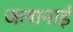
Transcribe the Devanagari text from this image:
जलानाई